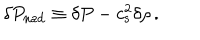
\delta P _ { \mathrm { n a d } } \equiv \delta P - c _ { \mathrm { s } } ^ { 2 } \delta \rho \, .